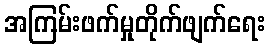
အကြမ်းဖက်မှုတိုက်ဖျက်ရေး